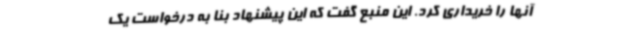
آنها را خریداری کرد. این منبع گفت که این پیشنهاد بنا به درخواست یک